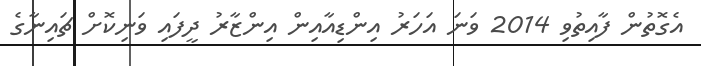
އެގޮތުން ފާއިތުވި 2014 ވަނަ އަހަރު އިންޑިއާއިން އިންޒާރު ދީފައި ވަނިކޮށް ޗައިނާގެ